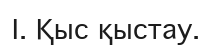
І. Қыс қыстау.